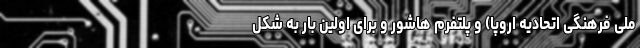
ملی فرهنگی اتحادیه اروپا) و پلتفرم هاشور و برای اولین بار به شکل